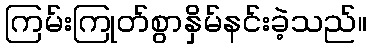
ကြမ်းကြုတ်စွာနှိမ်နင်းခဲ့သည်။